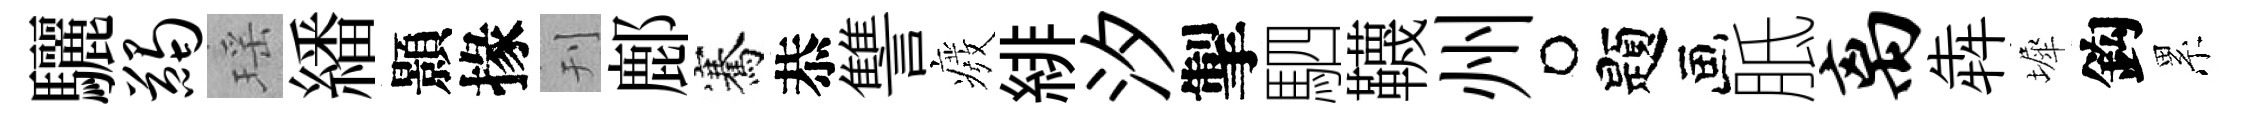
驪蠲瑶繙顥掾刊鄜騫恭讐癈緋汐掣駟韈州题胝离犇墀鈎累